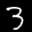
Label: 3